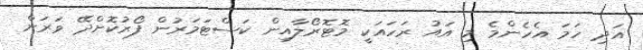
އަދި ހަމަ އެހެންމެ މި އައު ރަހައަކީ މޮޓޮރޯލާއިން ކަސްޓަމަރުން ފޯރުކޮށްދޭ ވަރަށް